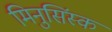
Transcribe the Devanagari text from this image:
मिनुसिंस्क